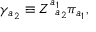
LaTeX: \gamma _ { a _ { 2 } } \equiv Z _ { \; \; a _ { 2 } } ^ { a _ { 1 } } \pi _ { a _ { 1 } } ,